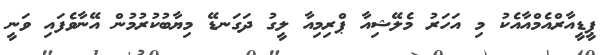
ޕީޑީއާރްއެމްއާއެކު މި އަހަރު މެލޭޝިއާ ޕްރިމިއާ ލީގު ދަގަނޑޭ މިޔާބުކުރުމުން އޭނާވެފައި ވަނީ